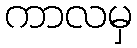
ကာလမှ